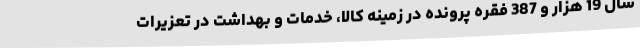
سال 19 هزار و 387 فقره پرونده در زمینه کالا، خدمات و بهداشت در تعزیرات